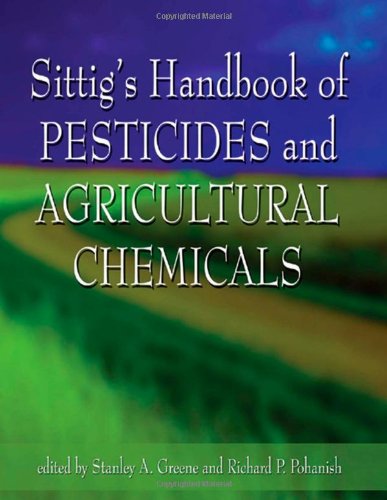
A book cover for Sittig's Handbook of Pesticides and Agricultural Chemicals; Stanley A. Greene; Science & Math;